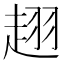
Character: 趐